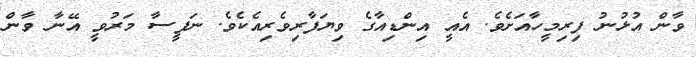
ވާން އުޅުނު ފިރިމީހާއަށެވެ. އެއީ އިންޑިއާގެ ވިޔަފާރިވެރިއެކެވެ. ނަފީސާ މަރުވީ އޭނާ ވާން